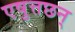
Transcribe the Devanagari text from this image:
एषुत्तछन्